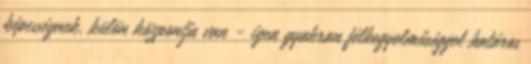
képességnek, külön központja van - igen gyakran félkegyelműséggel határos